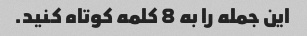
این جمله را به 8 کلمه کوتاه کنید.